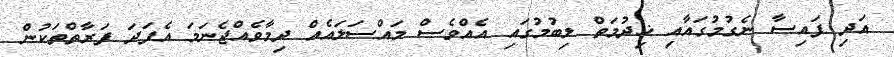
އަދި ފައިސާ ނެގުމުގައާއި ޚިދުމަތް ލިބުމުގައި އެއްވެސް މައްސަލައެއް ދިމާވެއްޖެނަމަ އެފަދަ ފަރާތްތަކުން